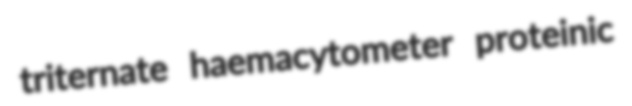
triternate haemacytometer proteinic